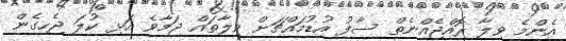
އެންމެ ވިލާ ރޮއްޖެއްނެތް ސާފު އުޑުމައްޗަށް ވިލާތައް ޖަމާވެ އަޅި ކުލަ ޖެހިގެން